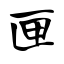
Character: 匣